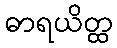
ဓာရယိတ္ထ